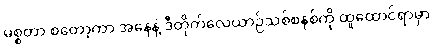
မစ္စတာ စတော့ကာ အနေနဲ့ ဒီတိုက်လေယာဉ်သစ်စနစ်ကို ထူထောင်ရာမှာ